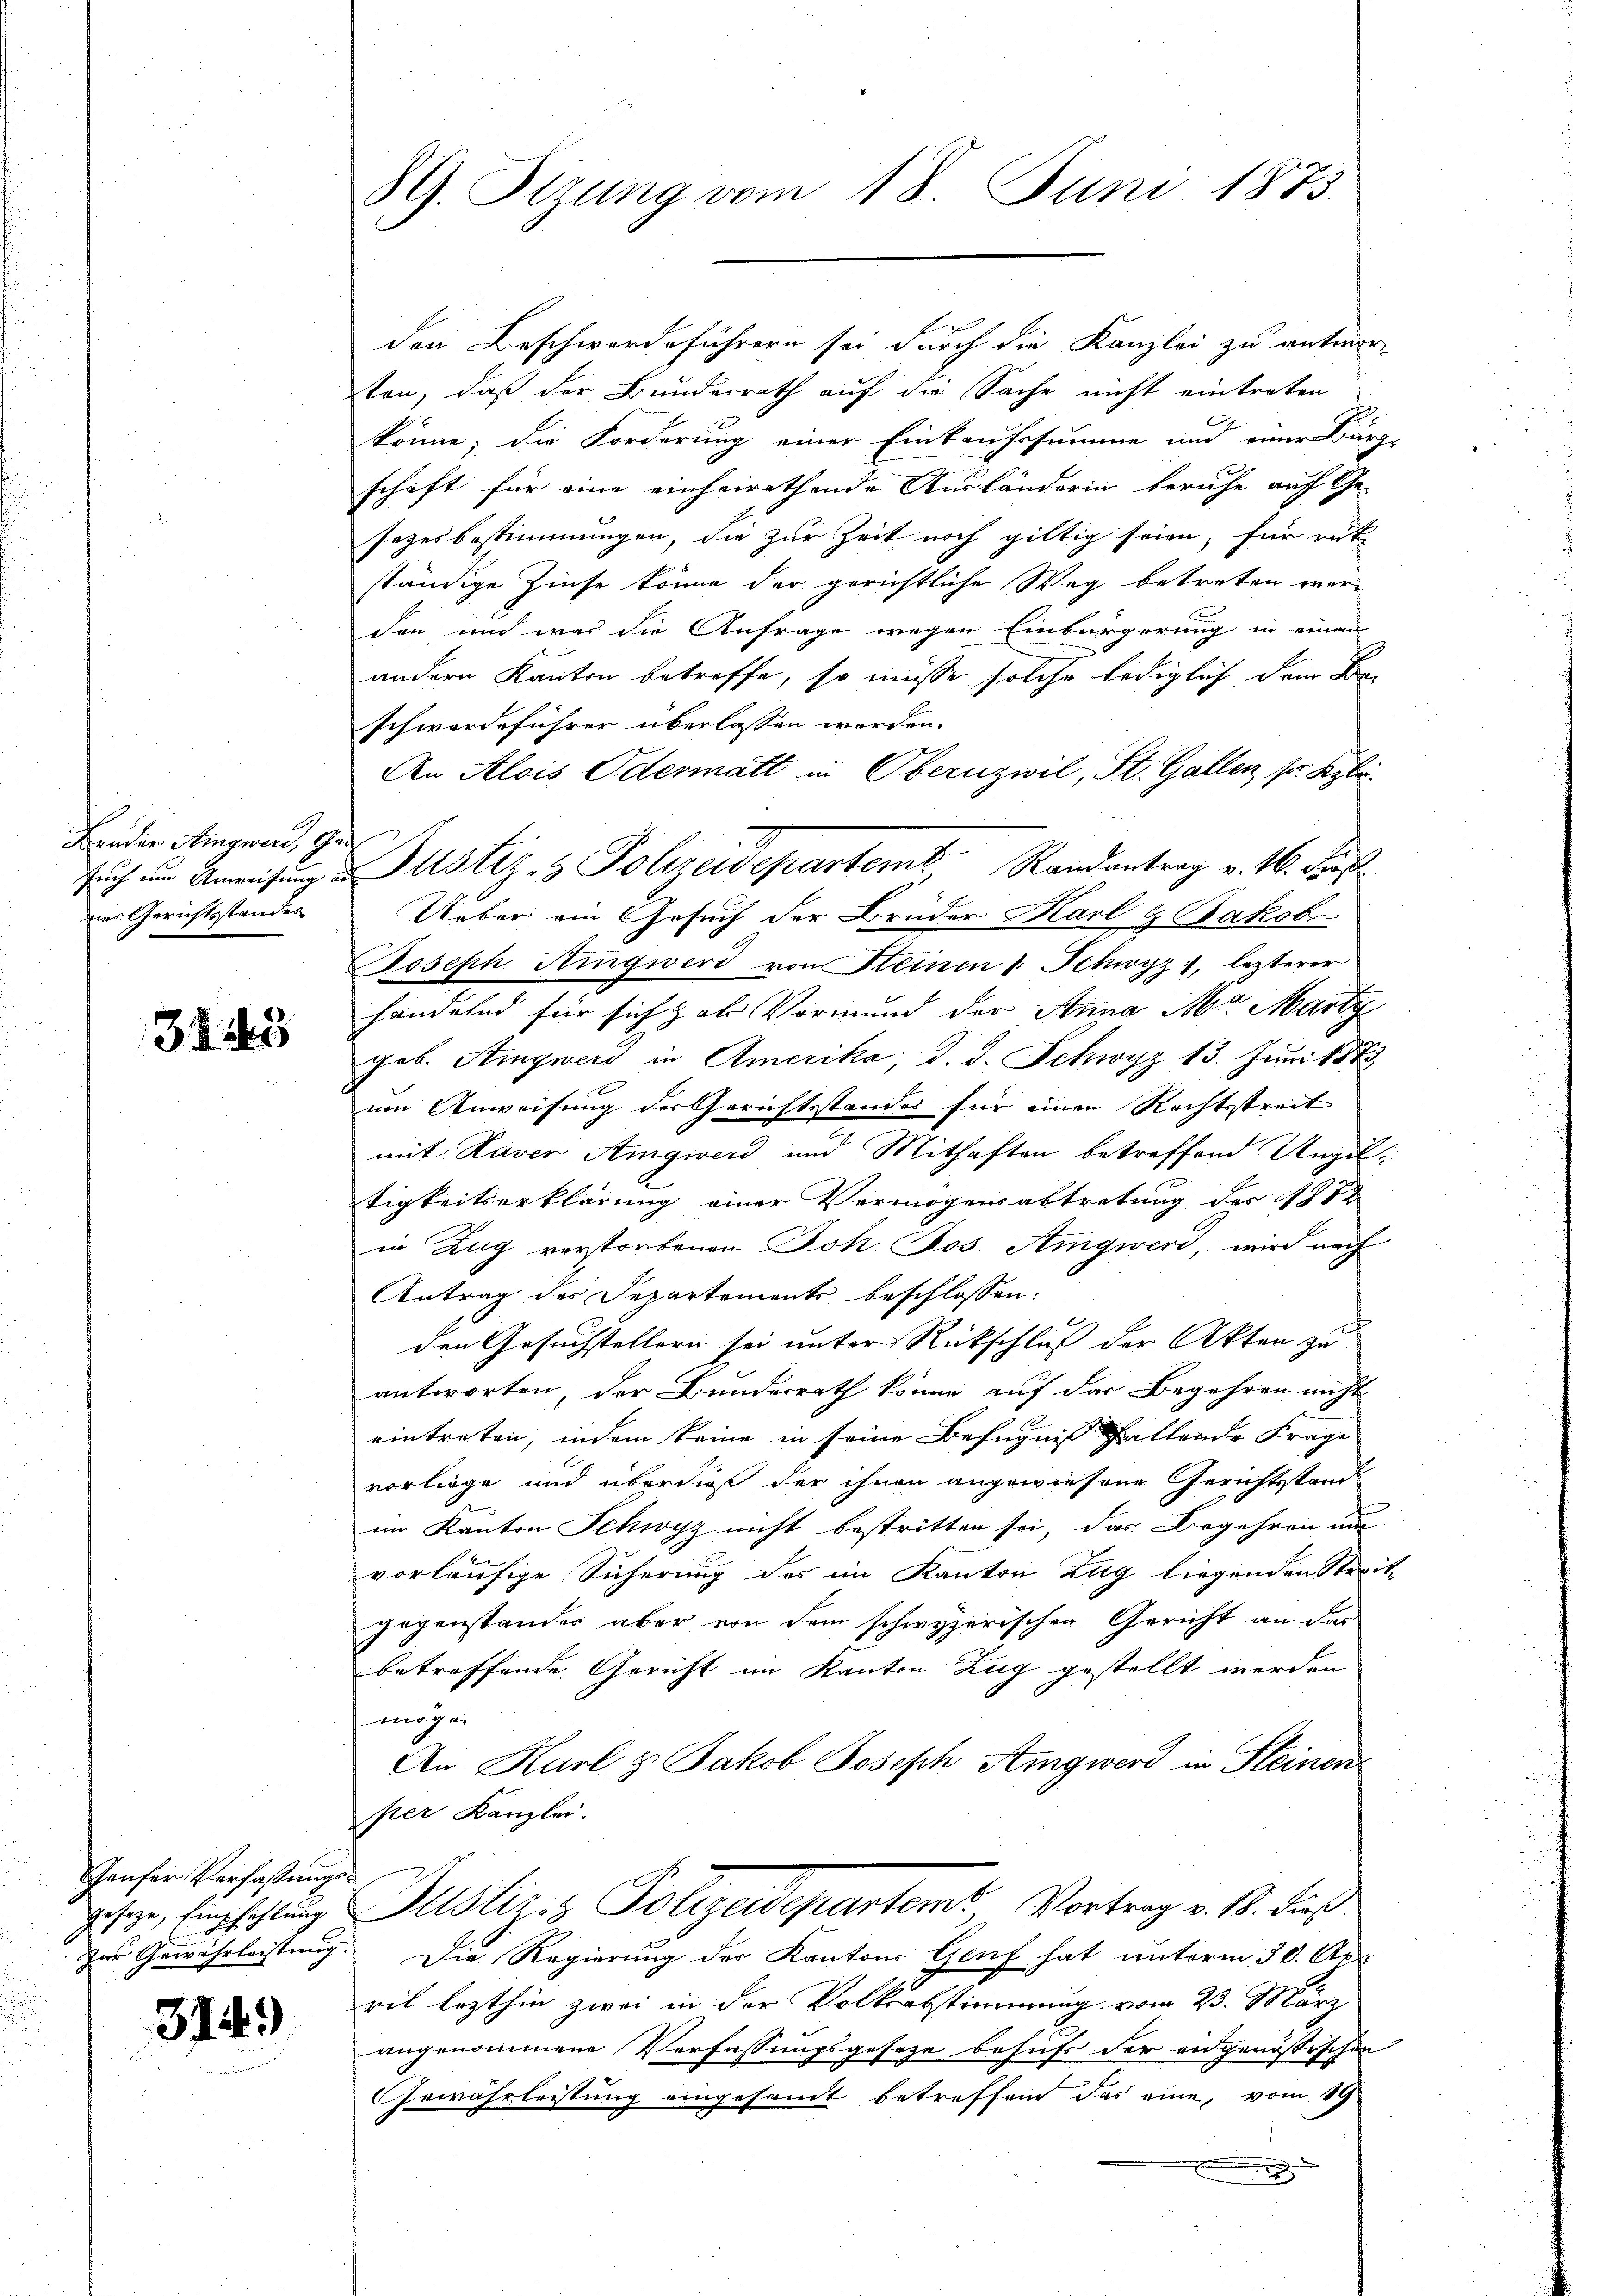
Bruder Amngweid, 9.
ner Gerichtsstandes

3145

Gaufer Verfassungs¬
Zur Gewährleistung.

3149

c

89. Stzung vom 18. Juni 1873.

den Beschwerdeführern sei durch die Kanzlei zu antwor
ten, daß der Bundesrath auf die Sache nicht eintreten
könne; die Forderung einer Einkaufssumme und einer Burg
schaft für eine einheirathende Ausländerin beruhe auf Ge-
sezesbestimmungen, die zur Zeit noch giltig seien, für mit
ständige Zinse könne der gerichtliche Weg betreten werden und was die Anfrage wegen Einbürgerung in einen
andern Kanton betreffe, so müsse solche lediglich dem Bei
schwerdeführer überlassen worden.
An Alois Odermatt in Obernzwil, St. Gallen, so Kzbr.
Ueber ein Gesuch der Brüder Karl & Jakobr
Joseph Ringwerd von Steinen 1 Schwyz 1, lezterer
handelnd für sich hohe Vormund der Anna Mor. Marty
gob. Aigwer in Amerika, d. d. Schwyz 13. Juni 1883
um Anweisung der Gerichtsstandes für einen Rechtsstreit
mit Haver Amgwerd und Mithaften betreffend Angel
tigkeitserklärung einer Vermögensabtretung des 1872
in Zug verstorbenen Joh. Jos. Amgwerd, wird nach
Antrag des Departements beschlossen:
den Gesuchstellern sei unter Rückschluß der Akten zu
antworten, der Bundesrath könne auf der Begehren nicht
eintreten, indem keine in seine Befugniß allende Frage
vorliege und überdieß der ihnen angewiesene Gerichtsstand
im Kanton Schwyz nicht bestritten sei, das Begehren und
vorläufige Sicherung des im Kanton Zug liegenden Steigegenstander aber von dem schwyzerischen Gericht an das
betreffende Gericht im Kanton Zug gestellt werden
mögen
An Karl & Jakob Joseph Sigwerd in Fleinen
ster Kanzlei.
geseze, Empfehlung Justiz- & Polizeidepartem Vortrag v. M. dieß.
Die Regierung der Kantons Genf hat unterm 30. Apr
rit lezthin zwei in der Volksabstimmung vom 23. März
angenommene Verfassungsgesetze behufs der eidgenössischen
Gewährleistung eingesamt betreffend das eine, vom 19

sŭch um Anweisung u. Justiz- & Polizeidepartem Randantrag v. 16. Forst